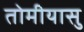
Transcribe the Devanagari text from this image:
तोमीयासु